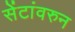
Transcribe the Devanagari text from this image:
सेंटांवरुन